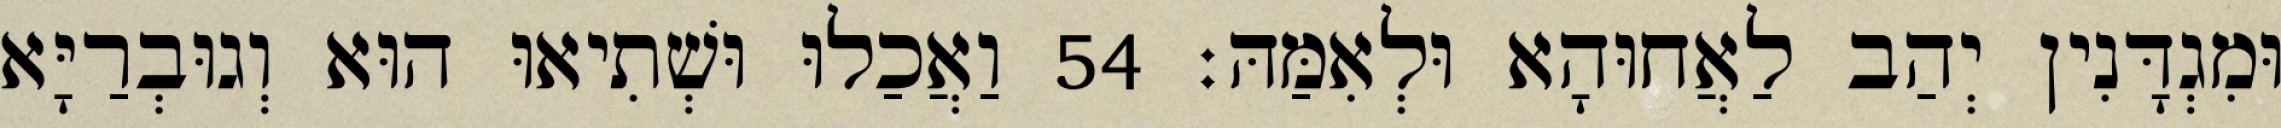
וּמִגְדָּנִין יְהַב לַאֲחוּהָא וּלְאִמַּהּ׃ 54 וַאֲכַלוּ וּשְׁתִיאוּ הוּא וְגוּבְרַיָּא